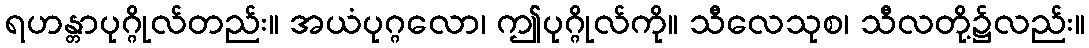
ရဟန္တာပုဂ္ဂိုလ်တည်း။ အယံပုဂ္ဂလော၊ ဤပုဂ္ဂိုလ်ကို။ သီလေသုစ၊ သီလတို့၌လည်း။